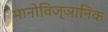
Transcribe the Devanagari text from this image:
मानोविज्ञानिक